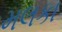
મલકા